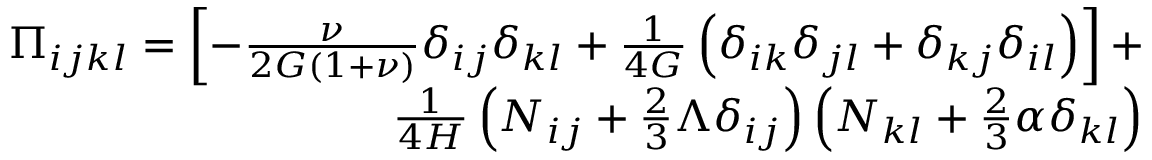
\begin{array} { r } { \Pi _ { i j k l } = \left[ - \frac { \nu } { 2 G ( 1 + \nu ) } \delta _ { i j } \delta _ { k l } + \frac { 1 } { 4 G } \left( \delta _ { i k } \delta _ { j l } + \delta _ { k j } \delta _ { i l } \right) \right] + } \\ { \frac { 1 } { 4 H } \left( N _ { i j } + \frac { 2 } { 3 } \Lambda \delta _ { i j } \right) \left( N _ { k l } + \frac { 2 } { 3 } \alpha \delta _ { k l } \right) } \end{array}